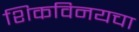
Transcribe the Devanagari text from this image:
शिकविनयचा